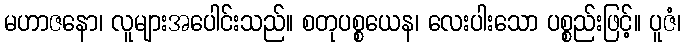
မဟာဇနော၊ လူများအပေါင်းသည်။ စတုပစ္စယေန၊ လေးပါးသော ပစ္စည်းဖြင့်။ ပူဇံ၊